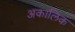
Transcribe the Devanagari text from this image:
अकालिक